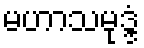
မဟာသမုဒ္ဒံ